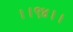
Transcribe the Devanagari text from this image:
।।९४।।